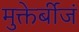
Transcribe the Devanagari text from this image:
मुक्तेर्बीजं